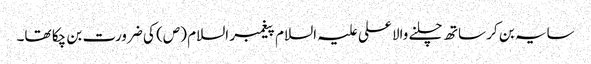
سایہ بن کر ساتھ چلنے والا علی علیہ السلام پیغمبر السلام (ص) کی ضرورت بن چکا تھا۔